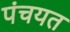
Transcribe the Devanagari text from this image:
पंचयत